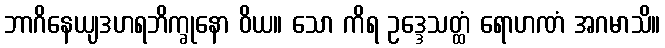
ဘာဂိနေယျဒဟရဘိက္ခုနော ဝိယ။ သော ကိရ ဥဒ္ဒေသတ္ထံ ရောဟဏံ အဂမာသိ။